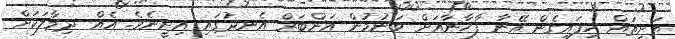
ތަށިތައް ހިފައިގެން އޭނާ ފާހާނާއަށް ވަނުމުން އަންބަރް އެނދުގައި އިށީނެވެ. އެއް ދިމާލަކަށް